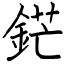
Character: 鋩